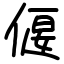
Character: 偃